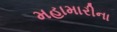
મહામારીના